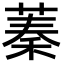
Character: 蓁